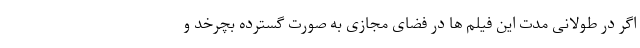
اگر در طولانی مدت این فیلم ها در فضای مجازی به صورت گسترده بچرخد و